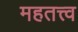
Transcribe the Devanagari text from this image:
महतत्त्व